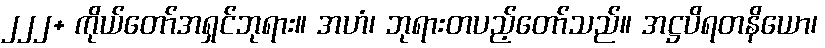
၂၂၂+ ကိုယ်တော်အရှင်ဘုရား။ အဟံ၊ ဘုရားတပည့်တော်သည်။ အဋ္ဌပိရတနိယော၊